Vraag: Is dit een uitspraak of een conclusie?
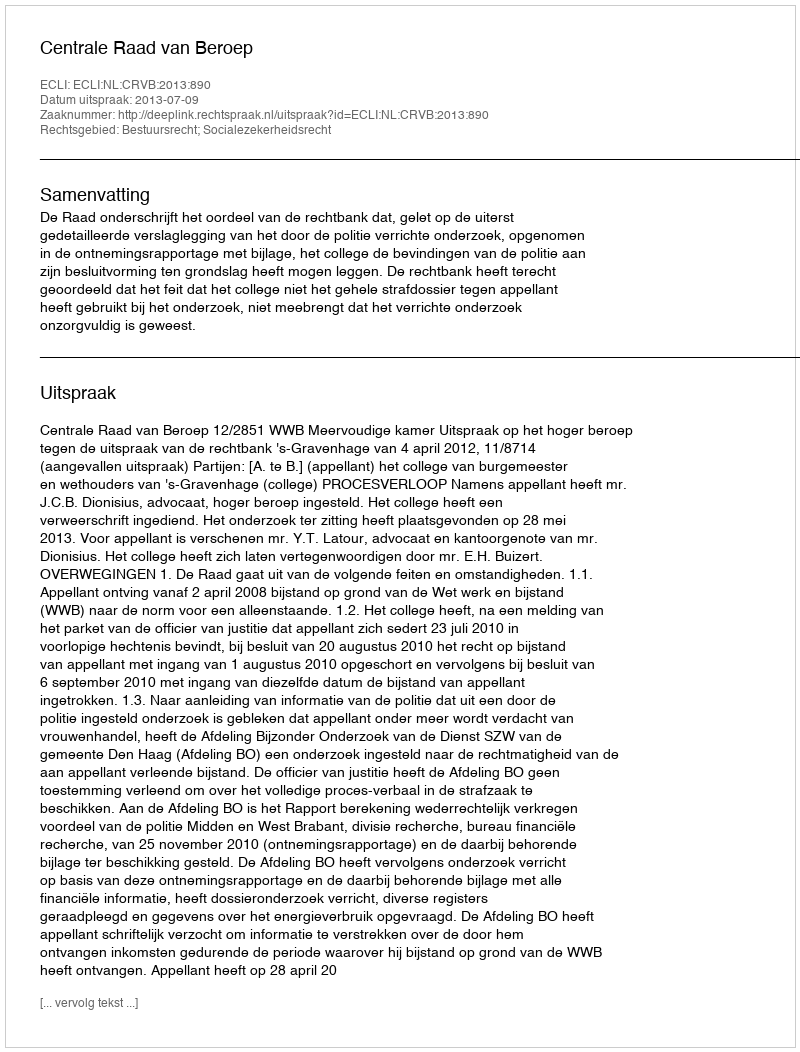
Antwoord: Uitspraak